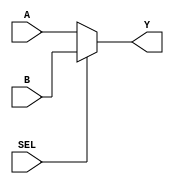
module mux_2to1 (
    input A,
    input B,
    input SEL,
    output Y
);

assign Y = SEL ? B : A;

endmodule